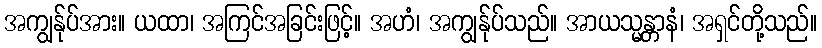
အကျွန်ုပ်အား။ ယထာ၊ အကြင်အခြင်းဖြင့်။ အဟံ၊ အကျွန်ုပ်သည်။ အာယသ္မန္တာနံ၊ အရှင်တို့သည်။